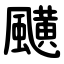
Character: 䬝